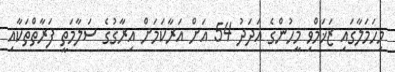
މިހަމަލާގައި ޒަޚަމްވި މީހުންގެ އަދަދު 54 އަށް އަރާކަމަށް އިރާގުގެ ސަލާމަތީ ފަރާތްތަކާއި